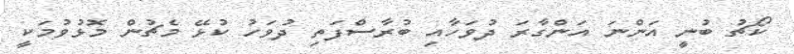
ކޯޗު ބުނީ އަންނަ އަންގާރަ ދުވަހާއި ބުރާސްފަތި ދުވަހު ކުޅޭ މެޗުން މޮޅުވުމަކީ